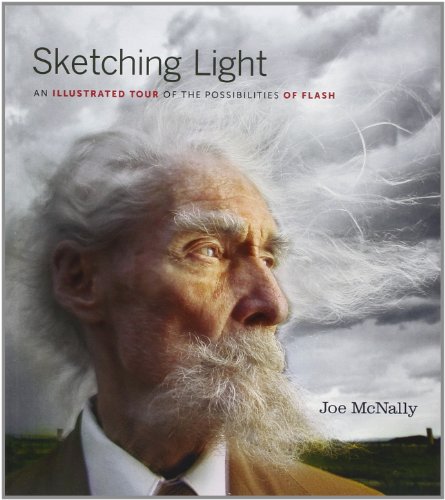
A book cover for Sketching Light: An Illustrated Tour of the Possibilities of Flash (Voices That Matter); Joe McNally; Computers & Technology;